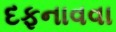
દફનાવવા